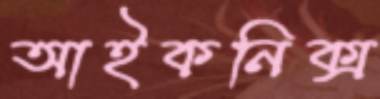
আইকনিক্স